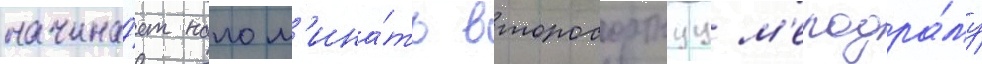
начина́ет напом'ина́ть второсортнуу м'елодра́му